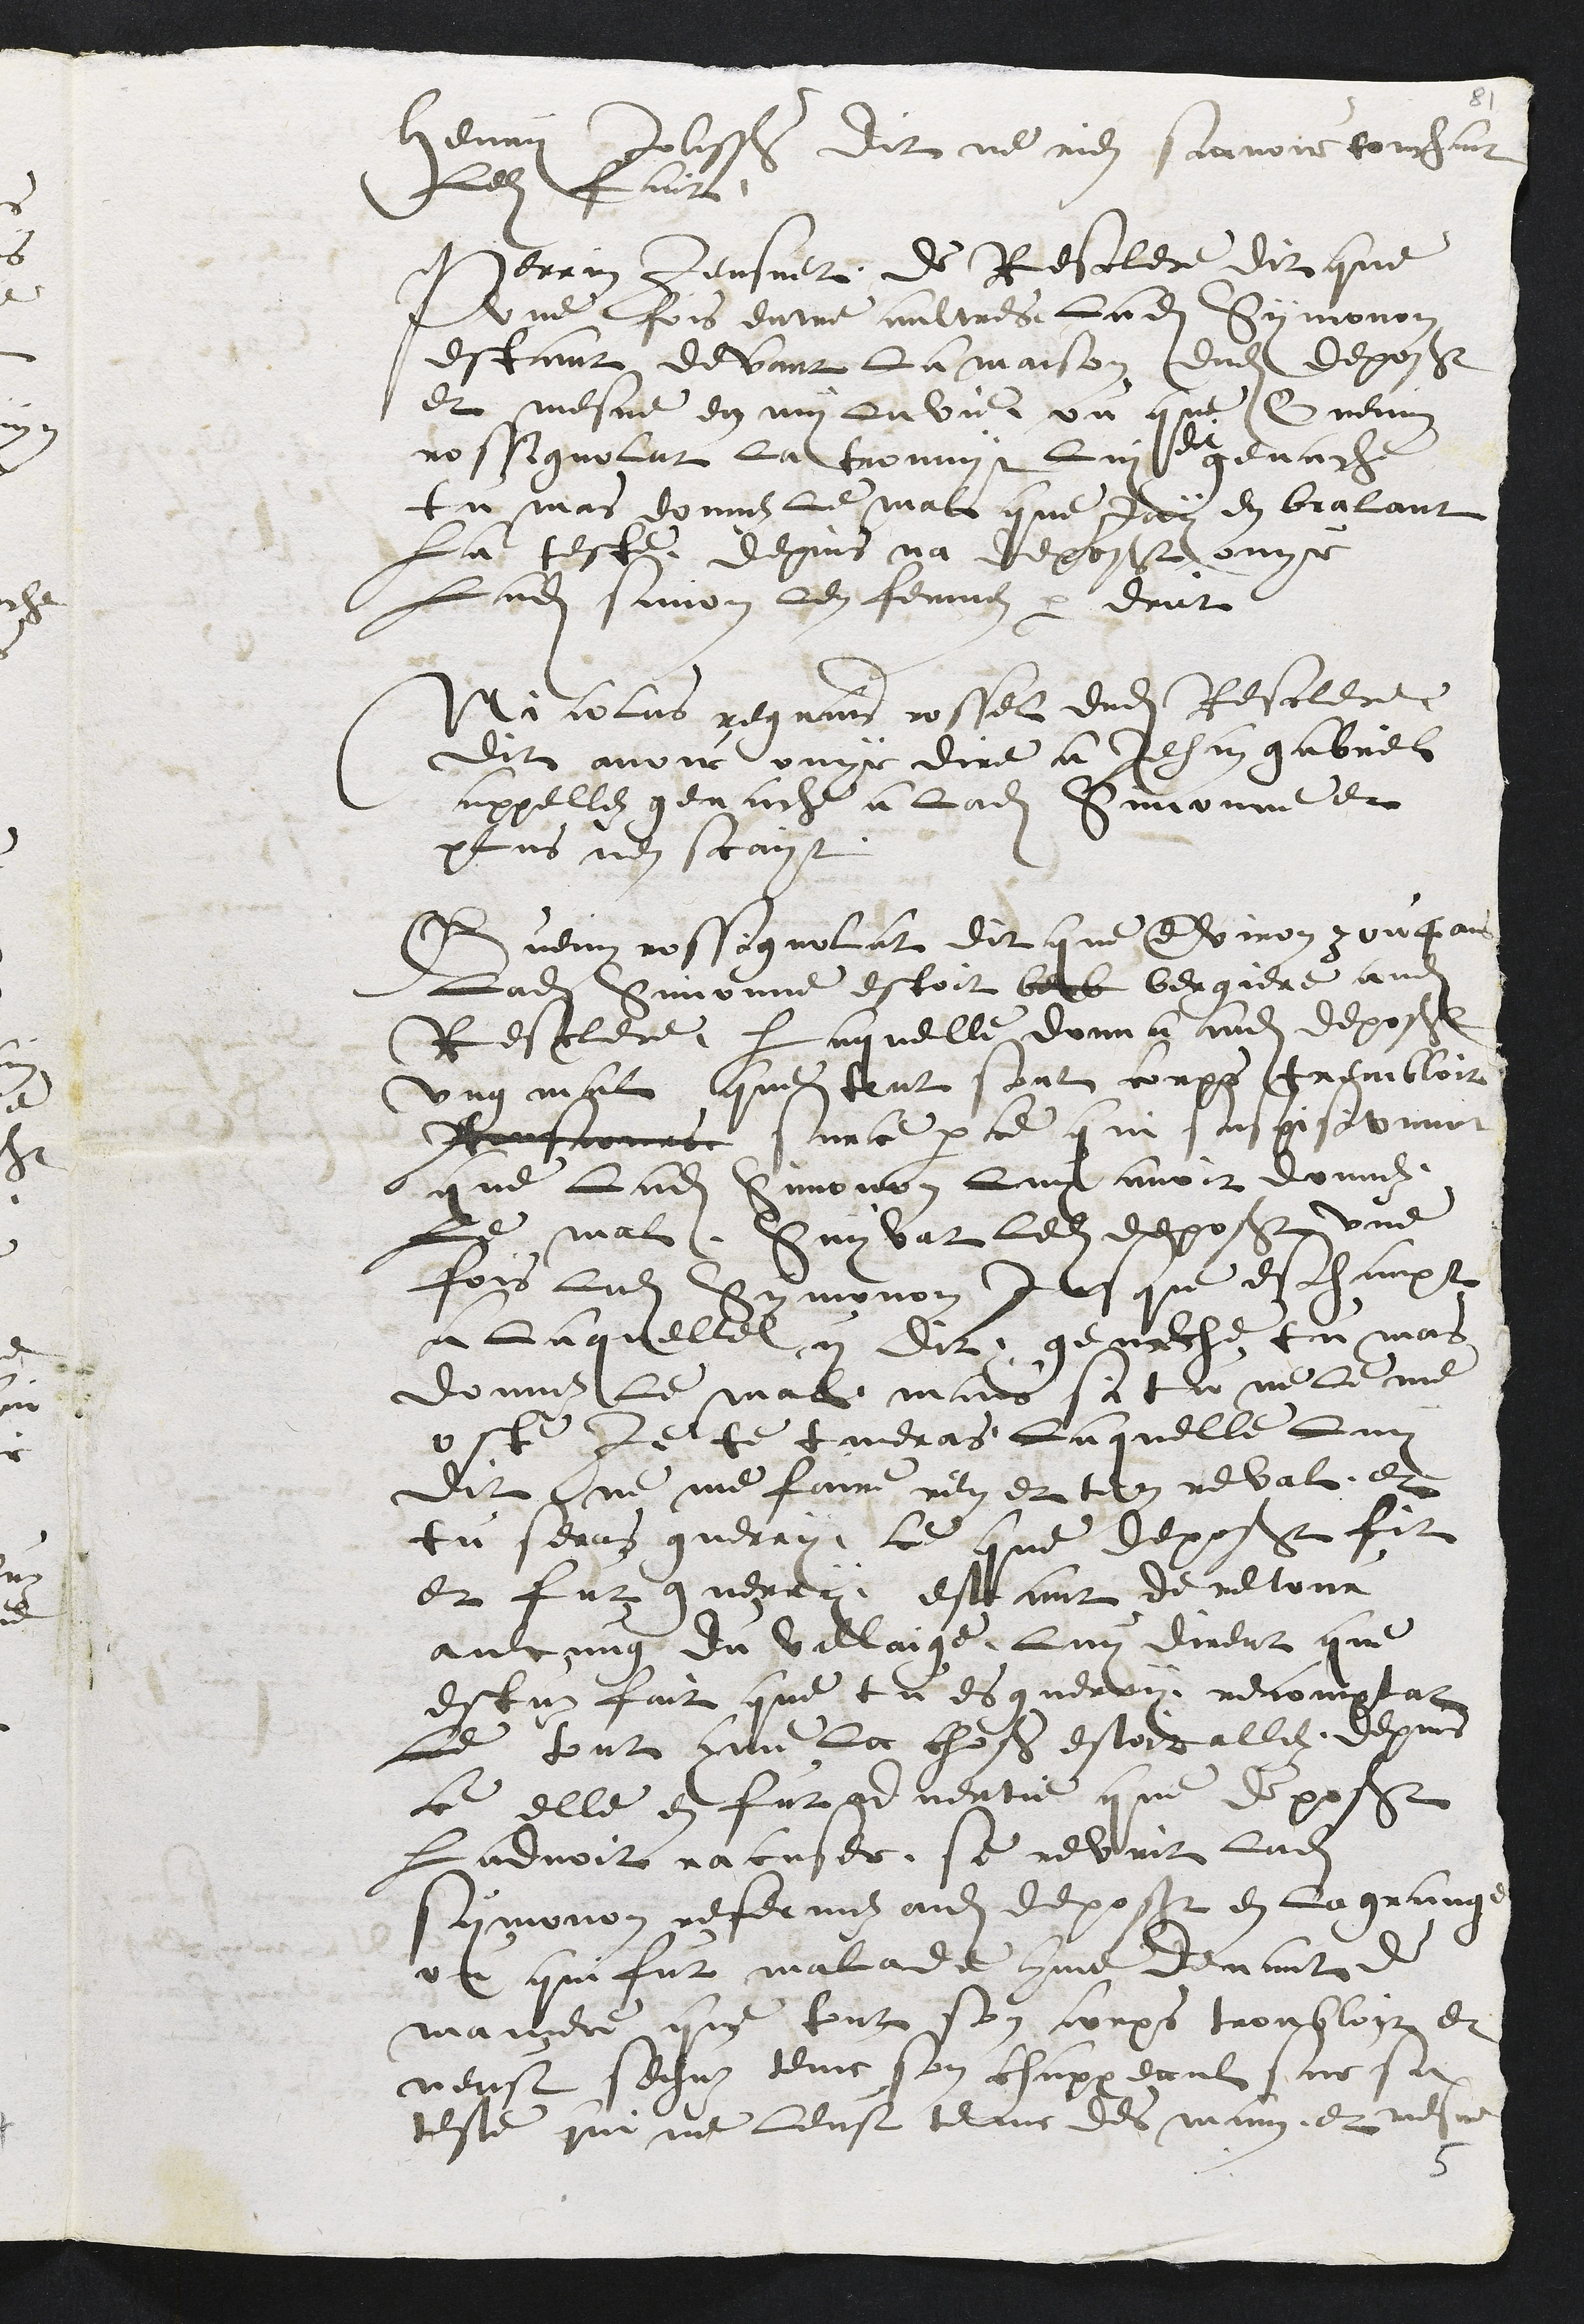
Henry Jolissaint dit ne rien scavoir touchant
ledit fait
Perrin Jeusnet de Resclere dit que
une fois entre aultres ladite Symonon
estant devant la maison dudit deposant
et mesme en my la vie ou que Guenin
rossignolat la trouvyt, lui
dit
genache
tu mas donnez le mal que jay en bralant
la teste depuis na deposant ouyr
ladite Simon len fermes par droit
Nicolas regnaud rossel dudit Resclere
dit avoir ouyr dire a Jehan gabriel
appellez genache a ladite simonne et
plus nen scayt
Guenin rossignolat dit que environ 3 ou 4 ans
Ladite Simonne estoit berb bergiere audit
Resclere, laquelle donna audit deposant
ung mal que tout son corps trembloit
tousjours sur ce par ce qui suspisionnoit
que Ladite Simonon luy avoir donnez
Le mal, Suyvat ledit deposant une
fois ladite Symonon jusque es champt
a laquelle y dit geneche tu mas
donnez le mal mais si tu ne le me
oste Je te tueras laquelle Luy
dit ne me faire rien et ten revat, et
tu seras guerry, ce que deposant fit
et fut guery, estant de retour
aulcung du villaige luy dirent que
estuz fait que tu es guerry, recomptat
le tout comme la chose estoit allez, depuis
ce elle en fut advertie que deposant
ladvoit racuser, se revint ladite
Symonon refermez audit deposant en la grange
ou qui fut malade comme devant de
maniere que tout son corps troubloit et
neust sehuz tenir son chappeaul sur sa
teste qui ne leust tenir des main, et mesme